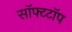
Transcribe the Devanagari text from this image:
सॉफ्टटॉप